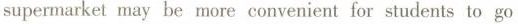
supermarketmay be more convenient for students to go